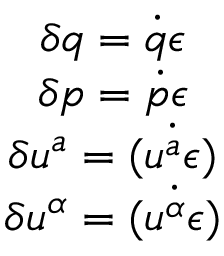
\begin{array} { c } { \delta q = \dot { q } \epsilon } \\ { \delta p = \dot { p } \epsilon } \\ { \delta u ^ { a } = \dot { ( u ^ { a } \epsilon ) } } \\ { \delta u ^ { \alpha } = \dot { ( u ^ { \alpha } \epsilon ) } } \end{array}